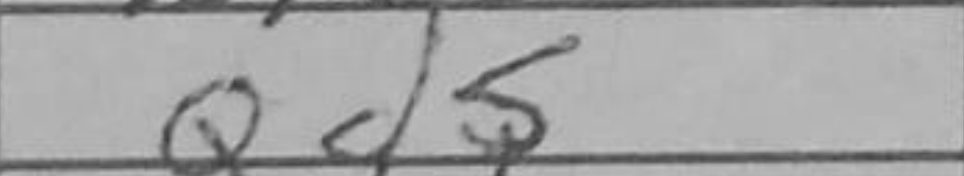
Transcription: Qd5